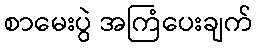
စာမေးပွဲ အကြံပေးချက်